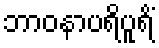
ဘာဝနာပရိပူရိံ